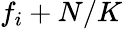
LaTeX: f_{i}+N/K